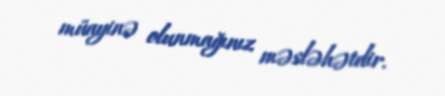
müayinə olunmağınız məsləhətdir.